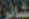
شائر